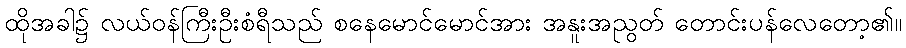
ထိုအခါ၌ လယ်ဝန်ကြီးဦးစံရီသည် စနေမောင်မောင်အား အနူးအညွတ် တောင်းပန်လေတော့၏။